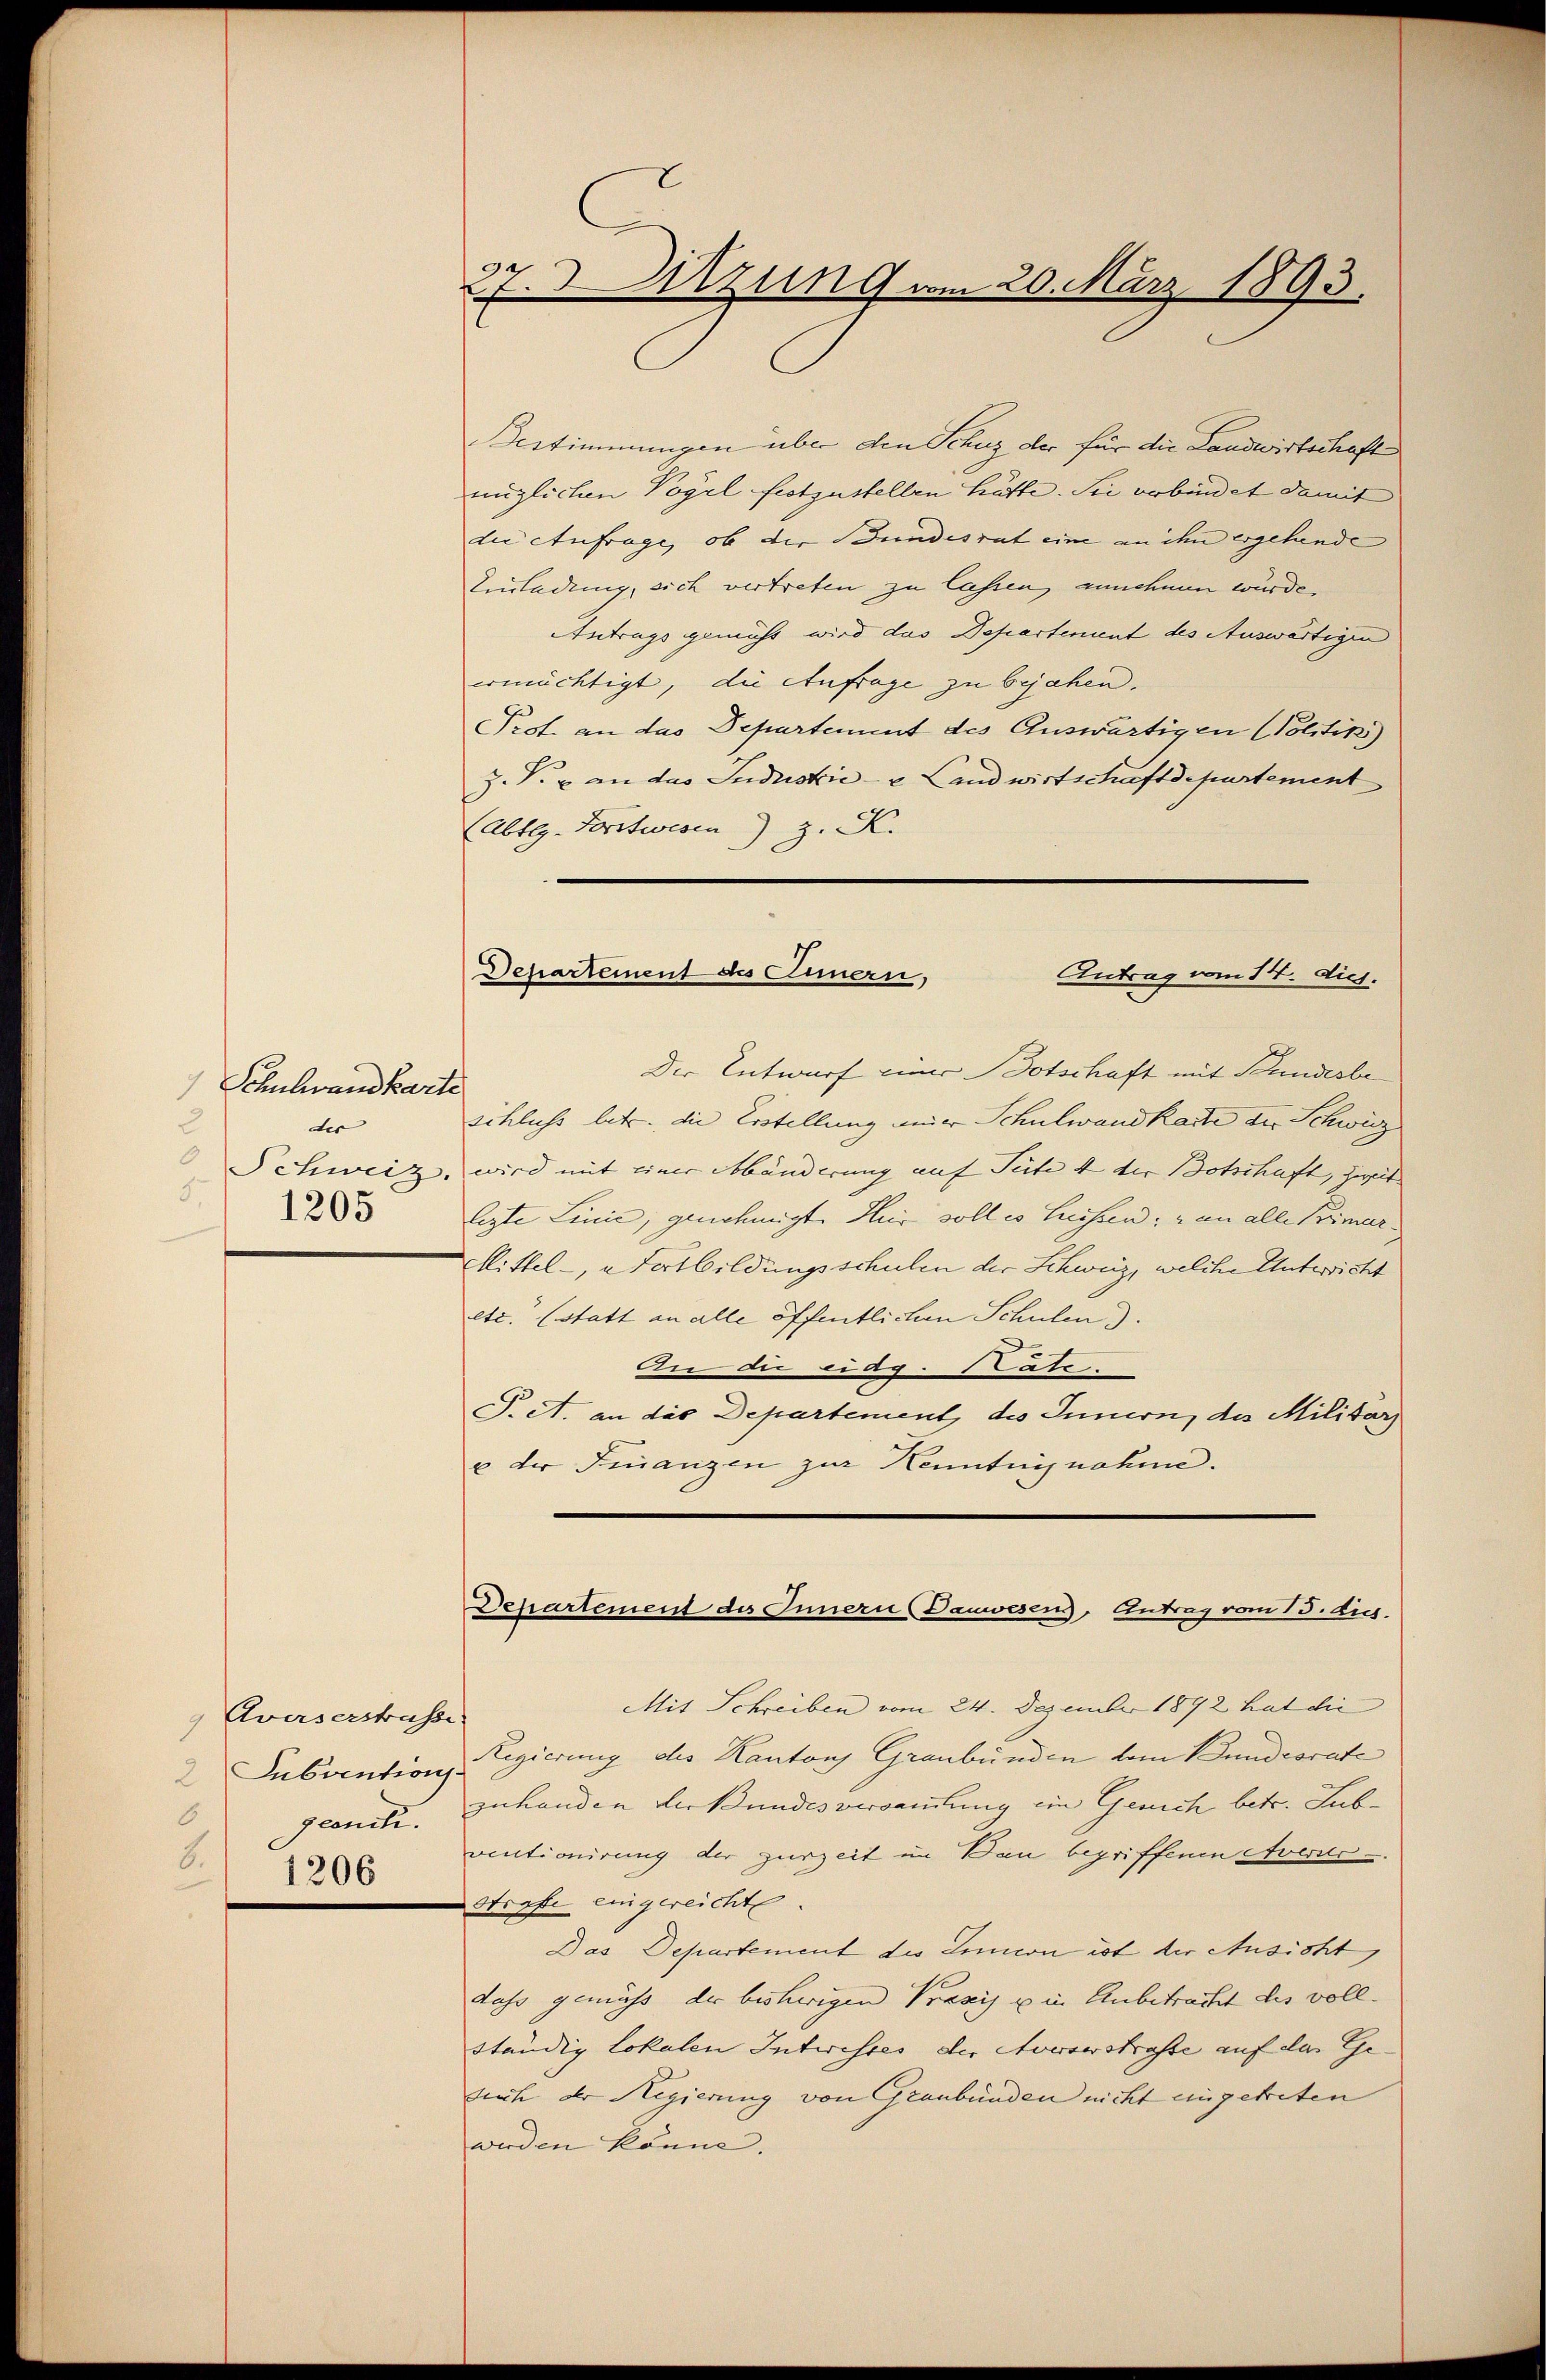
) Schulwandkarte
des
d
Schweiz.
5,
1205

Avaserstrasse:
2 Subventions¬
6
geonik.
8.
1206

27. Sitzung am 20. März 1893.

Departement des Einnern,
Antrag vom 14. dies.

Vestimmungen über den Schuz der für die Landwirtschaft
möglichen Vogel festzustellen hätte. Sie verbindet damit
die Aufrage, ob der Bundesrat eine an ihn ergehende
Einladung, sich vertreten zu lassen, annehmen würde.
Antrags gemüht wird das Departement des Auswärtigen
ermächtigt, die Anfrage zu bejahen.
Prof. an das Departement des Auswärtigen (Politik)
Z. V. an das Industrie - u. Landwirtschaftdepartement
(Abtlg. Forstwesen z. K.
Der Entwurf einer Botschaft mit Bundesbe
schluss litt. die Erstellung einer Schulwandkarte der Schwitz
wird mit einer Abänderung auf Seite 4 der Botschaft, zweit
legte Linie, genehmigt. Hier soll es liessen, nun alle Primar.
Mittel, Fortbildungsschulen der Schweiz, welche Entwicht
etc. (statt an alle öffentlichen Schulen).
An die eidg. Cate.
P. et. an das Departement des Innern, das Militar
u der Finanzen zur Kenntagnahme.
Departement des Innern (Dauwesens, Antrag vom 15. dig.
Mit Schreiben vom 24. Dezember 1892 hat die
Regierung des Kantons Graubünden dem Bundesrate
zuhanden der Bundes versammlung im Gerich betr. Lubventionirung der zurzeit im Bau begriffenen Averstestrafe eingereicht
Das Departement des Senion ist der Ansicht,
dass gemäß der bisherigen Praxis u in Anbetrachet des vollständig lokalen Intwistes der Ausserstrasse auf das Gesuch der Regierung von Graubünden nicht eingetreten
werden könne.